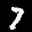
Label: 7